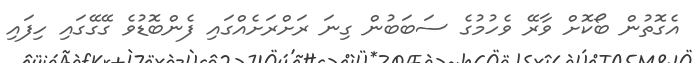
އެގޮތުން ބޯކޮށް ވާރޭ ވެހުމުގެ ސަބަބުން ގިނަ ރަށްރަށެއްގައި ފެންބޮޑުވެ ގޭގޭގައި ހިފައި